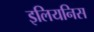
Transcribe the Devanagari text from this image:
इलियनिस